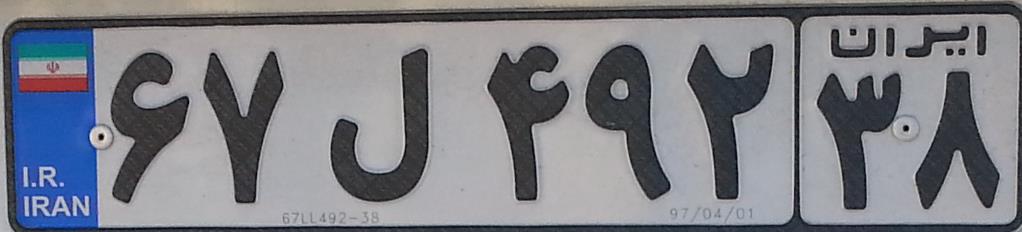
۶۷ل۴۹۲۳۸